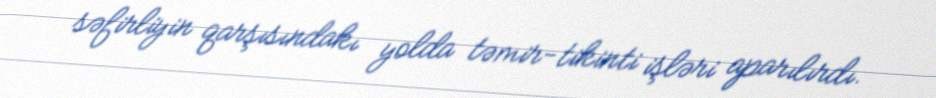
səfirliyin qarşısındakı yolda təmir-tikinti işləri aparılırdı.